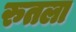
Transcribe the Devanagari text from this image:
रुतला